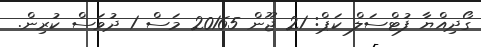
ގޯދިއްޔާ ފުޓްސަލް ކަޕް: 21 ޖޫން 20165 މަސް 1 ދުވަސް ކުރިން.